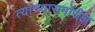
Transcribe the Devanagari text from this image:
त्यांच्यासमोरील